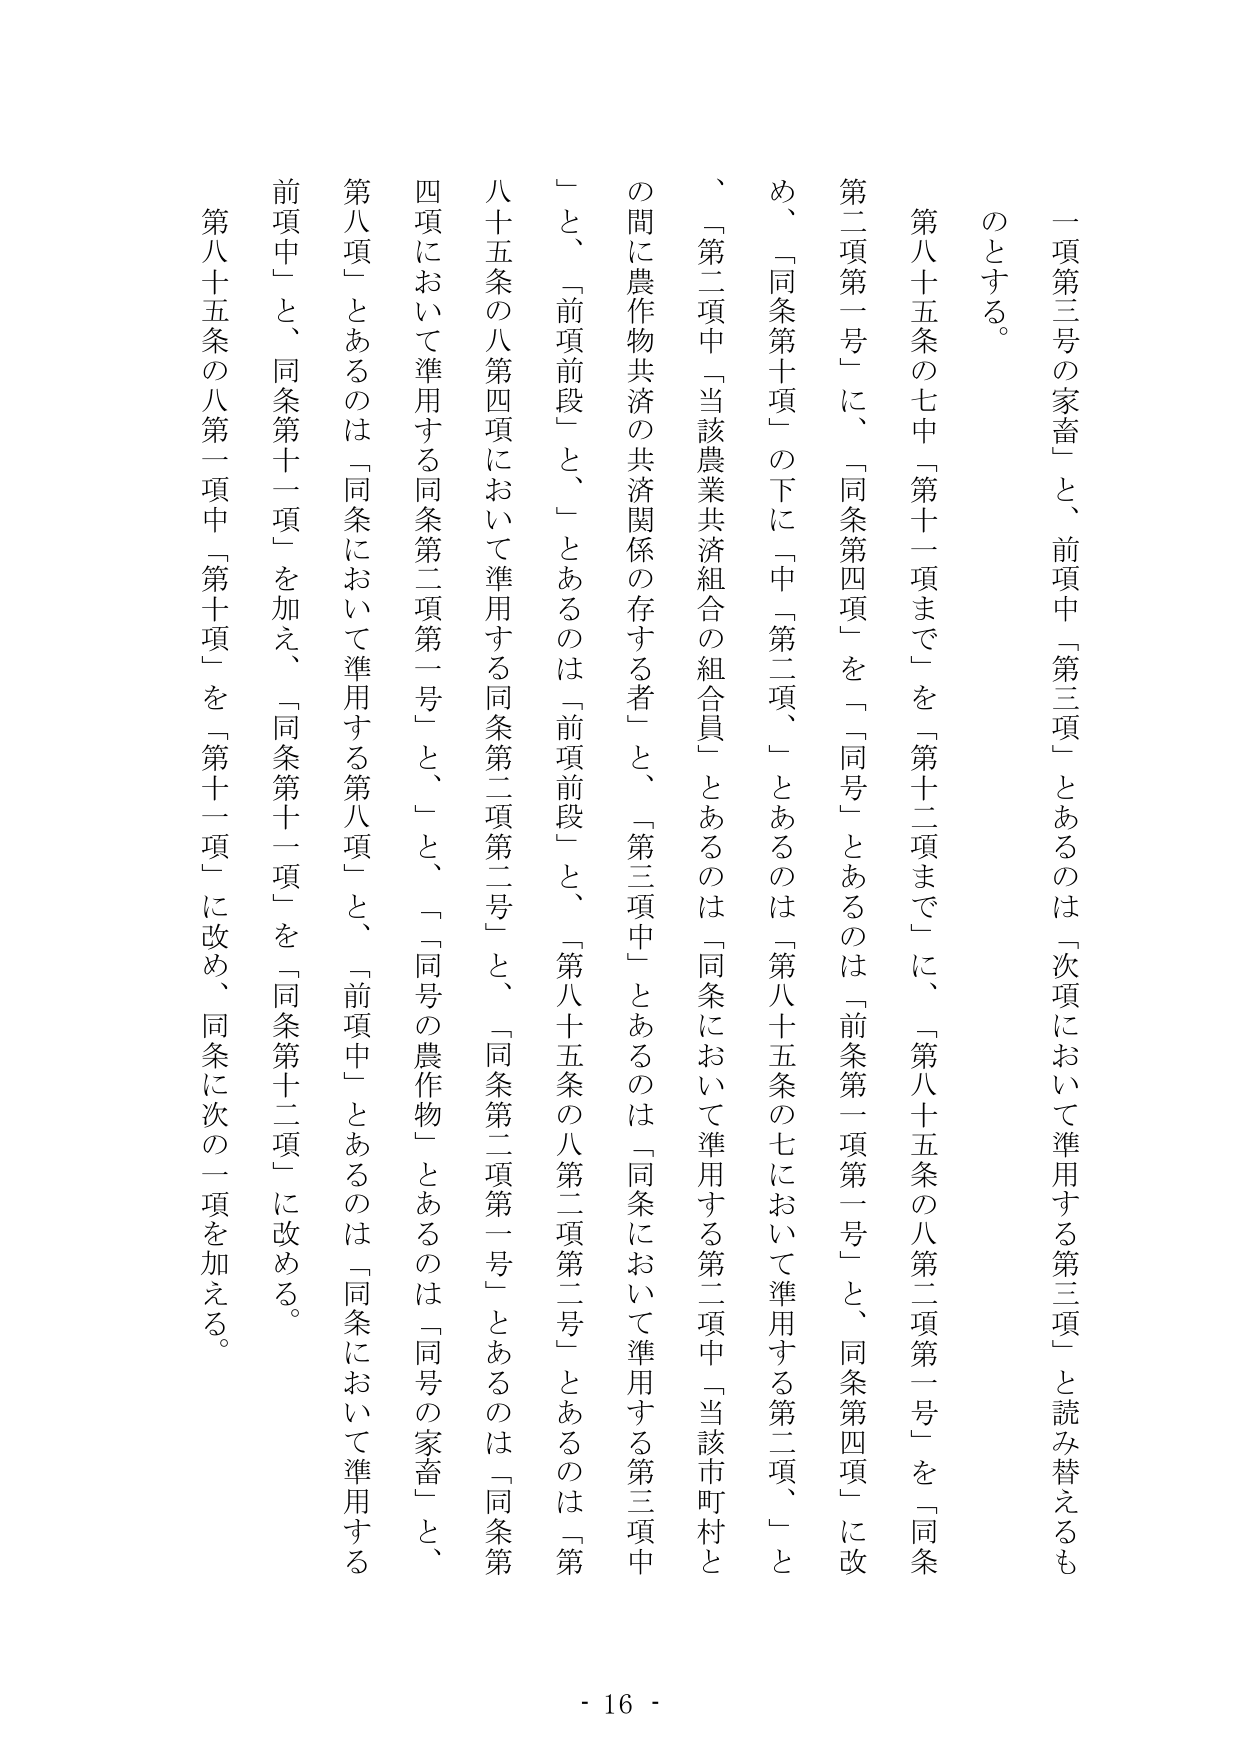
一項第三号の家畜」と、前項中「第三項」とあるのは「次項において準用する第三項」と読み替えるものとする。

第八十五条の七中「第十一項まで」を「第十二項まで」に、「第八十五条の八第二項第一号」を「同条第二項第一号」に、「同条第四項」を「同号」とあるのは「前条第一項第一号」と、同条第四項」に改め、「同条第十項」の下に「中「第二項、」とあるのは「第八十五条の七において準用する第二項、」と、「第二項中「当該農業共済組合の組合員」とあるのは「同条において準用する第二項中「当該市町村との間に農作物共済の共済関係の存する者」と、「第三項中」とあるのは「同条において準用する第三項中」と、「前項前段」と、「第八十五条の八第二項第二号」とあるのは「第八十五条の八第四項において準用する同条第二項第二号」と、「同条第二項第一号」とあるのは「同条第四項において準用する同条第二項第一号」と、「同号の農作物」とあるのは「同号の家畜」と、「第八項」とあるのは「同条において準用する第八項」と、「前項中」とあるのは「同条において準用する前項中」と、同条第十一項」を加え、「同条第十一項」を「同条第十二項」に改める。

第八十五条の八第一項中「第十項」を「第十一項」に改め、同条に次の一項を加える。

- 16 -